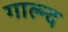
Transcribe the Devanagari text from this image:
गाल्न्द